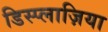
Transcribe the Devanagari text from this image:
डिस्प्लाज़िया